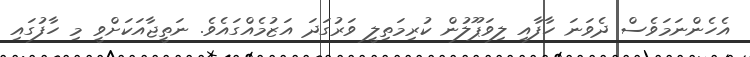
އެހެންނަމަވެސް ދެވަނަ ހާފާއި ލިވަޕޫލުން ކުރިމަތިލީ ވަރުގަދަ އަޒުމެއްގައެވެ. ނަތީޖާއަކަށްވީ މި ހާފުގައި